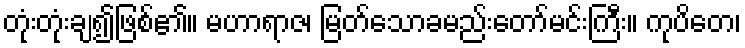
တုံးတုံးချ၍ဖြစ်၏။ မဟာရာဇ၊ မြတ်သောခမည်းတော်မင်းကြီး။ ကုပိတေ၊